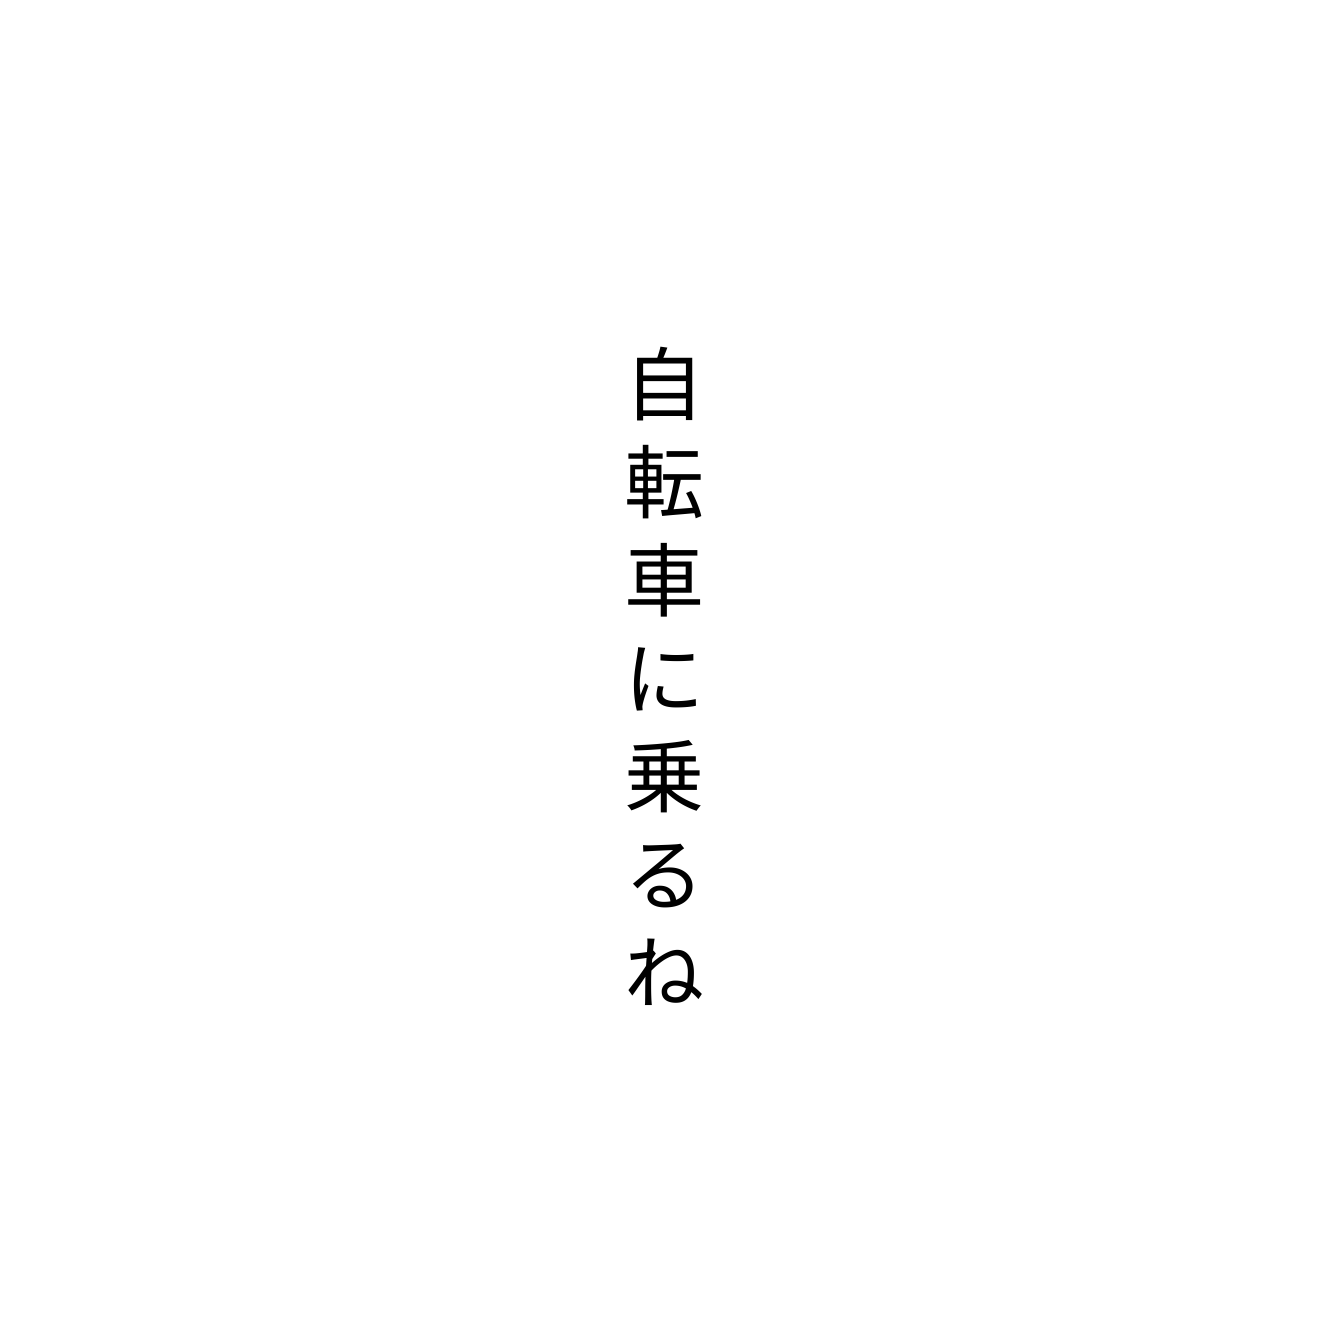
自転車に乗るね